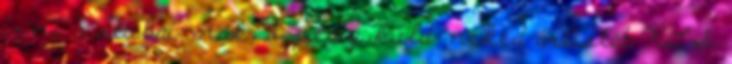
írni a stubai-nak, ő pedig küld neked árlistát XLS